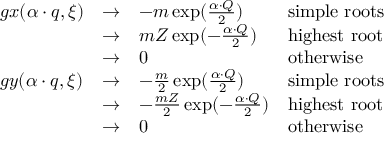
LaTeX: \begin{array} { l l l l } { { g x ( \alpha \cdot q , \xi ) } } & { { \rightarrow } } & { { - m \exp ( { \frac { \alpha \cdot Q } { 2 } } ) } } & { { \mathrm { s i m p l e ~ r o o t s } } } \\ { { } } & { { \rightarrow } } & { { { m Z } \exp ( - { \frac { \alpha \cdot Q } { 2 } } ) } } & { { \mathrm { h i g h e s t ~ r o o t } } } \\ { { } } & { { \rightarrow } } & { { 0 } } & { { \mathrm { o t h e r w i s e } } } \\ { { g y ( \alpha \cdot q , \xi ) } } & { { \rightarrow } } & { { - { \frac { m } { 2 } } \exp ( { \frac { \alpha \cdot Q } { 2 } } ) } } & { { \mathrm { s i m p l e ~ r o o t s } } } \\ { { } } & { { \rightarrow } } & { { - { \frac { m Z } { 2 } } \exp ( - { \frac { \alpha \cdot Q } { 2 } } ) } } & { { \mathrm { h i g h e s t ~ r o o t } } } \\ { { } } & { { \rightarrow } } & { { 0 } } & { { \mathrm { o t h e r w i s e } } } \end{array}